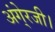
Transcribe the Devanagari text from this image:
अंगे्रजी।